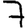
Digit: 7